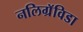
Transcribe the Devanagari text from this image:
नलिग्रॅविडा